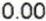
0.00